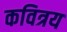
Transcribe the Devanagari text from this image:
कवित्रय